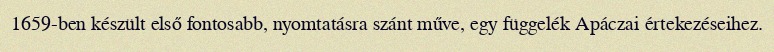
1659-ben készült első fontosabb, nyomtatásra szánt műve, egy függelék Apáczai értekezéseihez.